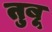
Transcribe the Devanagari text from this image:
तुबू